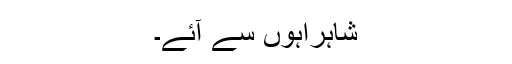
شاہراہوں سے آئے۔